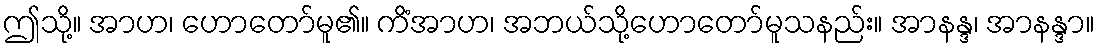
ဤသို့။ အာဟ၊ ဟောတော်မူ၏။ ကိံအာဟ၊ အဘယ်သို့ဟောတော်မူသနည်း။ အာနန္ဒ၊ အာနန္ဒာ။